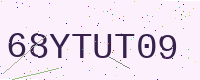
Text: 68YTUT09